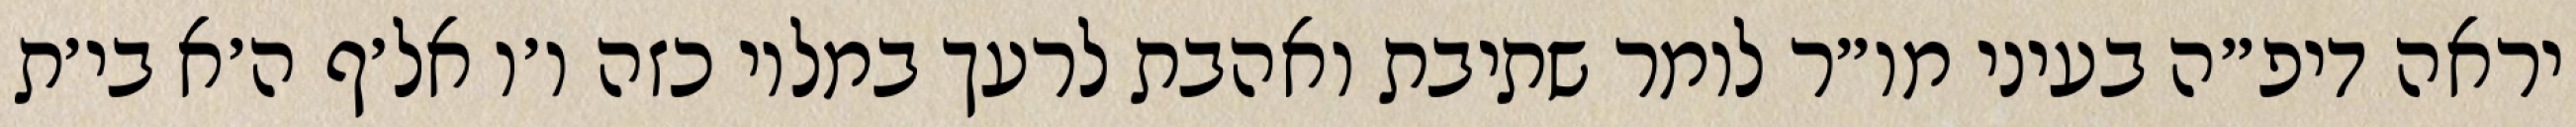
יראה דיפ״ה בעיני מו״ר לומר שתיבת ואהבת לרעך במלוי כזה ו׳ו אל׳ף ה׳א בי׳ת